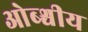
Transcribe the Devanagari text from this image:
ओब्श्चीय